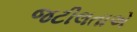
જટીલતાએ